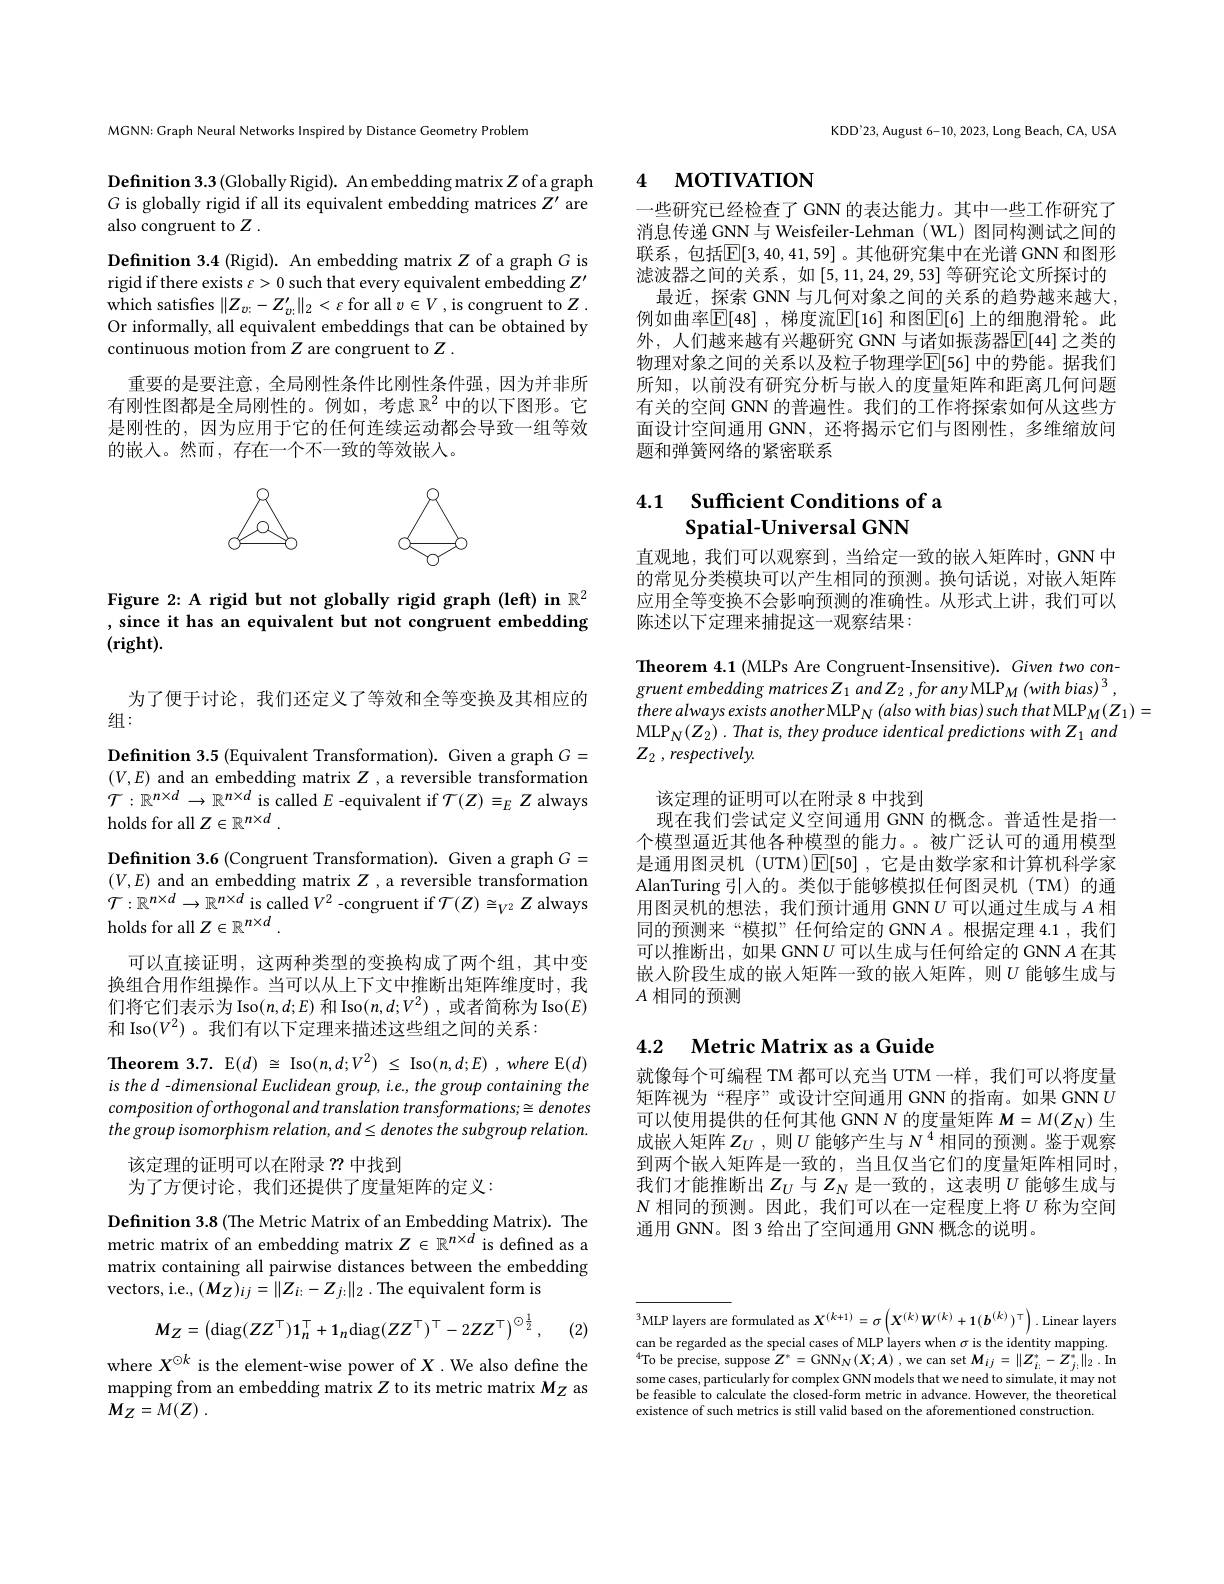
MGNN: Graph Neural Networks Inspired by Distance Geometry Problem

Definition $3.3\left(\text{Globally R$ G is globally rigid if all i also congruent to $Z.$

Definition 3.4 (Rigid). An e rigid if there exists $\varepsilon>0$ which satisfies $\|Z_{v:}-Z_{}$ Or informally, all equivalen continuous motion from $Z$ a
重要的是要注意，全局刚性条件比刚性条件强，因为并非所有刚性图都是全局刚性的。例如，考虑$\mathbb{R}^2$中是刚性的，因为应用于它的任何连续运动都会导致一组等效的嵌入。然而，存在一个不一致的等效嵌人。

<FigureHere>

Figure 2: A rigid but not globally rigid graph (left) in $\mathbb{R}^2$ , since it has an equivalent but not congruent embedding $(\mathbf{right}).$

为了便于讨论，我们还定义了等效和全等变换及其相应的
组：
Definition 3.5 (Equivalent T $(V,E)$ and an embedding mat $\mathcal{T}:\mathbb{R}^{n\times d}\to\mathbb{R}^{n\times d}$ is called $E$ -equivalent if $\mathcal{T}(Z)\equiv_EZ$ always holds for all $Z\in\mathbb{R}^n\times d.$
Definition 3.6 (Congruent Transformation). Given a graph $G=$ $(V,E)$ and an embedding matrix $Z$ ,a reversible transformation $\mathcal{T}:\mathbb{R}^{n\times d}\to\mathbb{R}^{n\times d}$ is called $V^2$ -congruent if $\mathcal{T}(Z)\cong_V^2Z$ always holds for all $Z\in\mathbb{R}^n\times d.$
可以直接证明，这两种类型的变换构成了两个组，其中变换组合用作组操作。当可以从上下文中推断出矩阵维度时，我们将它们表示为 Iso$(n,d;E)$和 Iso( 和 Iso$(V^2)$。我们有以下定理来描述这些组之间
$\textbf{Theorem 3. 7. E}( d)$ $\cong$Iso$( n, d; V^{2})$ $\leq$Iso$( n, d; E)$ $, where$E$(d)$ is the d - dimensional Euclidean group, i.e., the group containing the composition oforthogonal and the group isomorphism relati
该定理的证明可以在附录？?中找到
为了方便讨论，我们还提供了度量矩阵的定义：
Definition 3.8 (The Metric M

metric matrix of an embedding matrix $Z\in\mathbb{R}^{n\times d}$ is defined as a matrix containing all pairwi vectors, i.e., $(M_Z)_{ij}=\|$
$$M_{Z}=\left(\mathrm{diag}(ZZ^{\top})1_{n}^{\top}+1_{n}\mathrm{diag}(ZZ^{\top})^{\top}-2ZZ^{\top}\right)^{\odot\frac{1}{2}},$$
(2)

where $X^{\odot k}$ is the element-wise power of $X.$ We also define the mapping from an embedding ma $M_{Z}= M( Z)$ .

KDD'23, August 6-10, 2023, L

# 4 мотIVATION

一些研究已经检查了 GNN 的表达能力。其中一些工作研究消息传递 GNN 与 Weisfeiler-Lehman 联系，包括$\overline\mathbb{E}[3,40,41,59]$。其他研滤波器之间的关系，如[5,11,24,29,53]
最近，探索 GNN 与几何对象之间的关系的趋势越来越大例如曲率$\mathbb{E}[48]$ ,梯度流$\mathbb{E}[16]$ 外，人们越来越有兴趣研究 GNN 与诸如振荡器$\mathbb{E}$ 物理对象之间的关系以及粒子物理学$\mathbb{E}[56]$ 中所知，以前没有研究分析与嵌入的度量矩阵和距离几何问题有关的空间 GNN 的普遍性。我们的工作将探索如何从这些面设计空间通用 GNN, 还将揭示它们与图刚性，多维缩放题和弹簧网络的紧密联系

# 4.1 $\textbf{Sufficient Conditions }$ Spatial-Universal GNN

直观地，我们可以观察到，当给定一致的嵌入矩阵时，GNN 的常见分类模块可以产生相同的预测。换句话说，对嵌入矩阵应用全等变换不会影响预测的准确性。从形式上讲，我们可以陈述以下定理来捕捉这一观察结果：

Theorem 4.1 (MLPs Are Congru gruent embedding matrices Z 1 and Z 2 , for any MLP M (with bias) 3 , there always exists another MLP N (also with bias) such that MLP M (Z 1) =
$\mathrm{MLP}_{N}( Z_{2})$ . That $is$, they produce identical predictions with $Z_{1}$ and
$Z_2$ , $respectively.$

该定理的证明可以在附录 8 中找到
现在我们尝试定义空间通用 GNN 的概念。普适性是指一个模型逼近其他各种模型的能力。。被广泛认可的通用模型是通用图灵机 (UTM)E[50] ,它是由数学家和计算AlanTuring 引人的。类似于能够模拟任何图灵机( 用图灵机的想法，我们预计通用 GNN$U$可以通过生成同的预测来“模拟”任何给定的GNN$A$。根据定理 4.1,我们可以推断出，如果 GNN$U$可以生成与任何给定的 G 嵌入阶段生成的嵌人矩阵一致的嵌人矩阵，则$U$ 能够生成$A$相同的预测

## 4.2 $\textbf{Metric Matrix as a Guide}$

就像每个可编程 TM 都可以充当 UTM 一样，我们可以矩阵视为“程序”或设计空间通用 GNN 的指南。如果 G 可以使用提供的任何其他 GNN N 的度量矩阵$M=M(Z_N)$生成嵌人矩阵$Z_U$,则$U$能够产生与$N$ 到两个嵌人矩阵是一致的，当且仅当它们的度量矩阵相同时， 我们才能推断出$Z_U$与$Z_N$是一致的 , $N$相同的预测。因此，我们可以在一定程度上将$U$ 通用 GNN。图 3 给出了空间通用 GNN 概念的说明

$^3$MLP layers are formulated as $X^{(k+1)}=\sigma\left(X^{(k)}W^{(k)}+1(b^{(k)})^\top\right).$ Linear layers can be regarded as the speci $^{4}$To be precise, suppose some cases, particularly for be feasible to calculate the existence of such metrics is